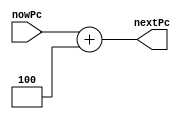
//
module pcadder_IF(
    input [31:0] nowPc,

    output wire  [31:0]  nextPc
);

/* 
always @(*) begin
    nextPc <= nowPc+32'h0000_0004; //+4
end */

assign nextPc = nowPc + 32'h0000_0004;
endmodule